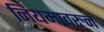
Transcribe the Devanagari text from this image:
नियमावरुन